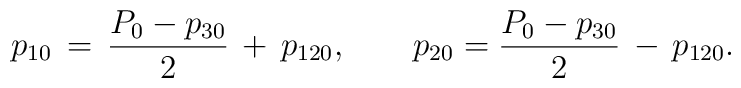
p_{10}\,=\,{P_0-p_{30}\over2}\,+\,p_{120},\qquad p_{20}={P_0-p_{30}\over2}\,-\,p_{120}.